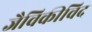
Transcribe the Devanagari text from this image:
जैविकीविद